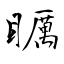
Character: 矋